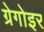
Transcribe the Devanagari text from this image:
ग्रेगोइर